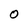
Character: o